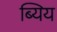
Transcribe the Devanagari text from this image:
ब्यिय